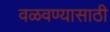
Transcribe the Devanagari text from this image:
वळवण्यासाठी